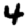
Digit: 4